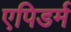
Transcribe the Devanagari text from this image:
एपिडर्म